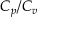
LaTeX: C _ { p } / C _ { v }